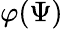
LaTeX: \varphi(\Psi)